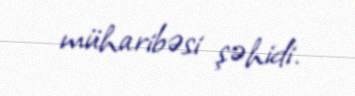
müharibəsi şəhidi.